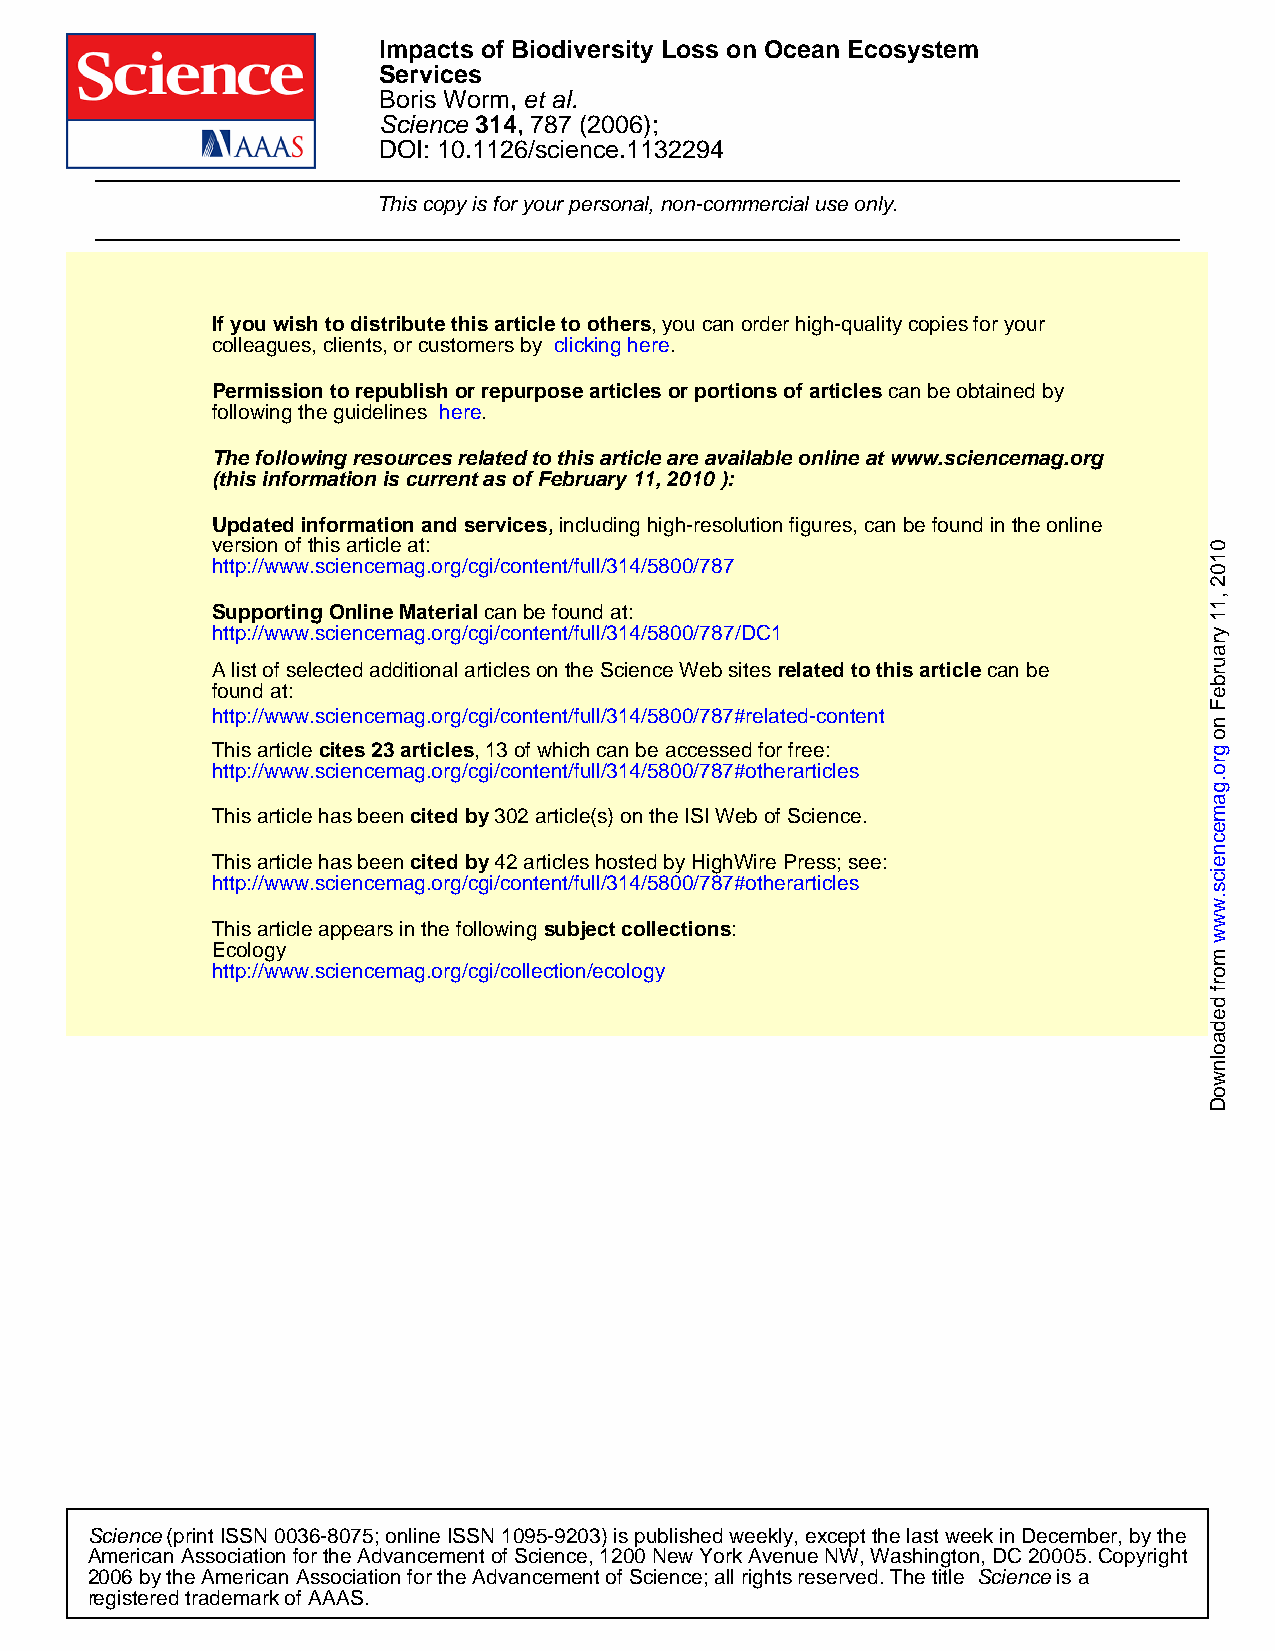
Impacts of Biodiversity Loss on Ocean Ecosystem
 Services
 Boris Worm, et al.
 Science 314, 787 (2006);
 DOI: 10.1126/science.1132294
 This copy is for your personal, non-commercial use only.
 If you wish to distribute this article to others, you can order high-quality copies for your
 colleagues, clients, or customers by clicking here.
 Permission to republish or repurpose articles or portions of articles can be obtained by
 following the guidelines here.
 The following resources related to this article are available online at www.sciencemag.org
 (this information is current as of February 11, 2010 ):
 Updated information and services, including high-resolution figures, can be found in the online
 version of this article at:
 http://www.sciencemag.org/cgi/content/full/314/5800/787
 Supporting Online Material can be found at:
 http://www.sciencemag.org/cgi/content/full/314/5800/787/DC1
 A list of selected additional articles on the Science Web sites related to this article can be
 found at:
 http://www.sciencemag.org/cgi/content/full/314/5800/787#related-content
 This article cites 23 articles, 13 of which can be accessed for free:
 http://www.sciencemag.org/cgi/content/full/314/5800/787#otherarticles
 This article has been cited by 302 article(s) on the ISI Web of Science.
 This article has been cited by 42 articles hosted by HighWire Press; see:
 http://www.sciencemag.org/cgi/content/full/314/5800/787#otherarticles
 This article appears in the following subject collections:
 Ecology
 http://www.sciencemag.org/cgi/collection/ecology
 Science (print ISSN 0036-8075; online ISSN 1095-9203) is published weekly, except the last week in December, by the
 American Association for the Advancement of Science, 1200 New York Avenue NW, Washington, DC 20005. Copyright
 2006 by the American Association for the Advancement of Science; all rights reserved. The title Science is a
 registered trademark of AAAS.
 0102
 ,11
 yraurbeF
 no
 gro.gamecneics.www
 morf
 dedaolnwoD